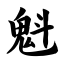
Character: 魁